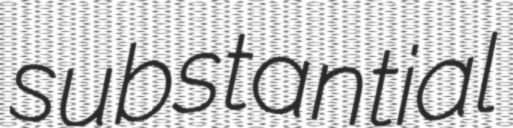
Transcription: substantial